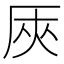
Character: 𠩘